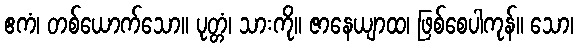
ဧကံ၊ တစ်ယောက်သော။ ပုတ္တံ၊ သားကို။ ဇာနေယျာထ၊ ဖြစ်စေပါကုန်။ သော၊